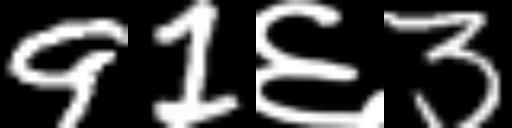
Text: 91६3